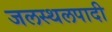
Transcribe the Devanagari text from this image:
जलस्थलपादी